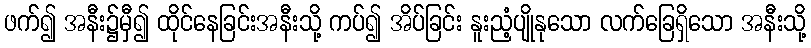
ဖက်၍ အနီး၌မှီ၍ ထိုင်နေခြင်းအနီးသို့ ကပ်၍ အိပ်ခြင်း နူးညံ့ပျိုနုသော လက်ခြေရှိသော အနီးသို့